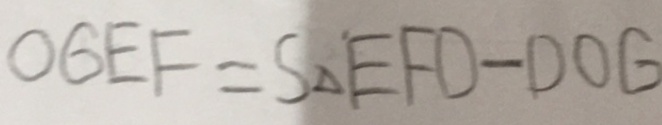
O G E F = S _ { \Delta } E F D - D O G